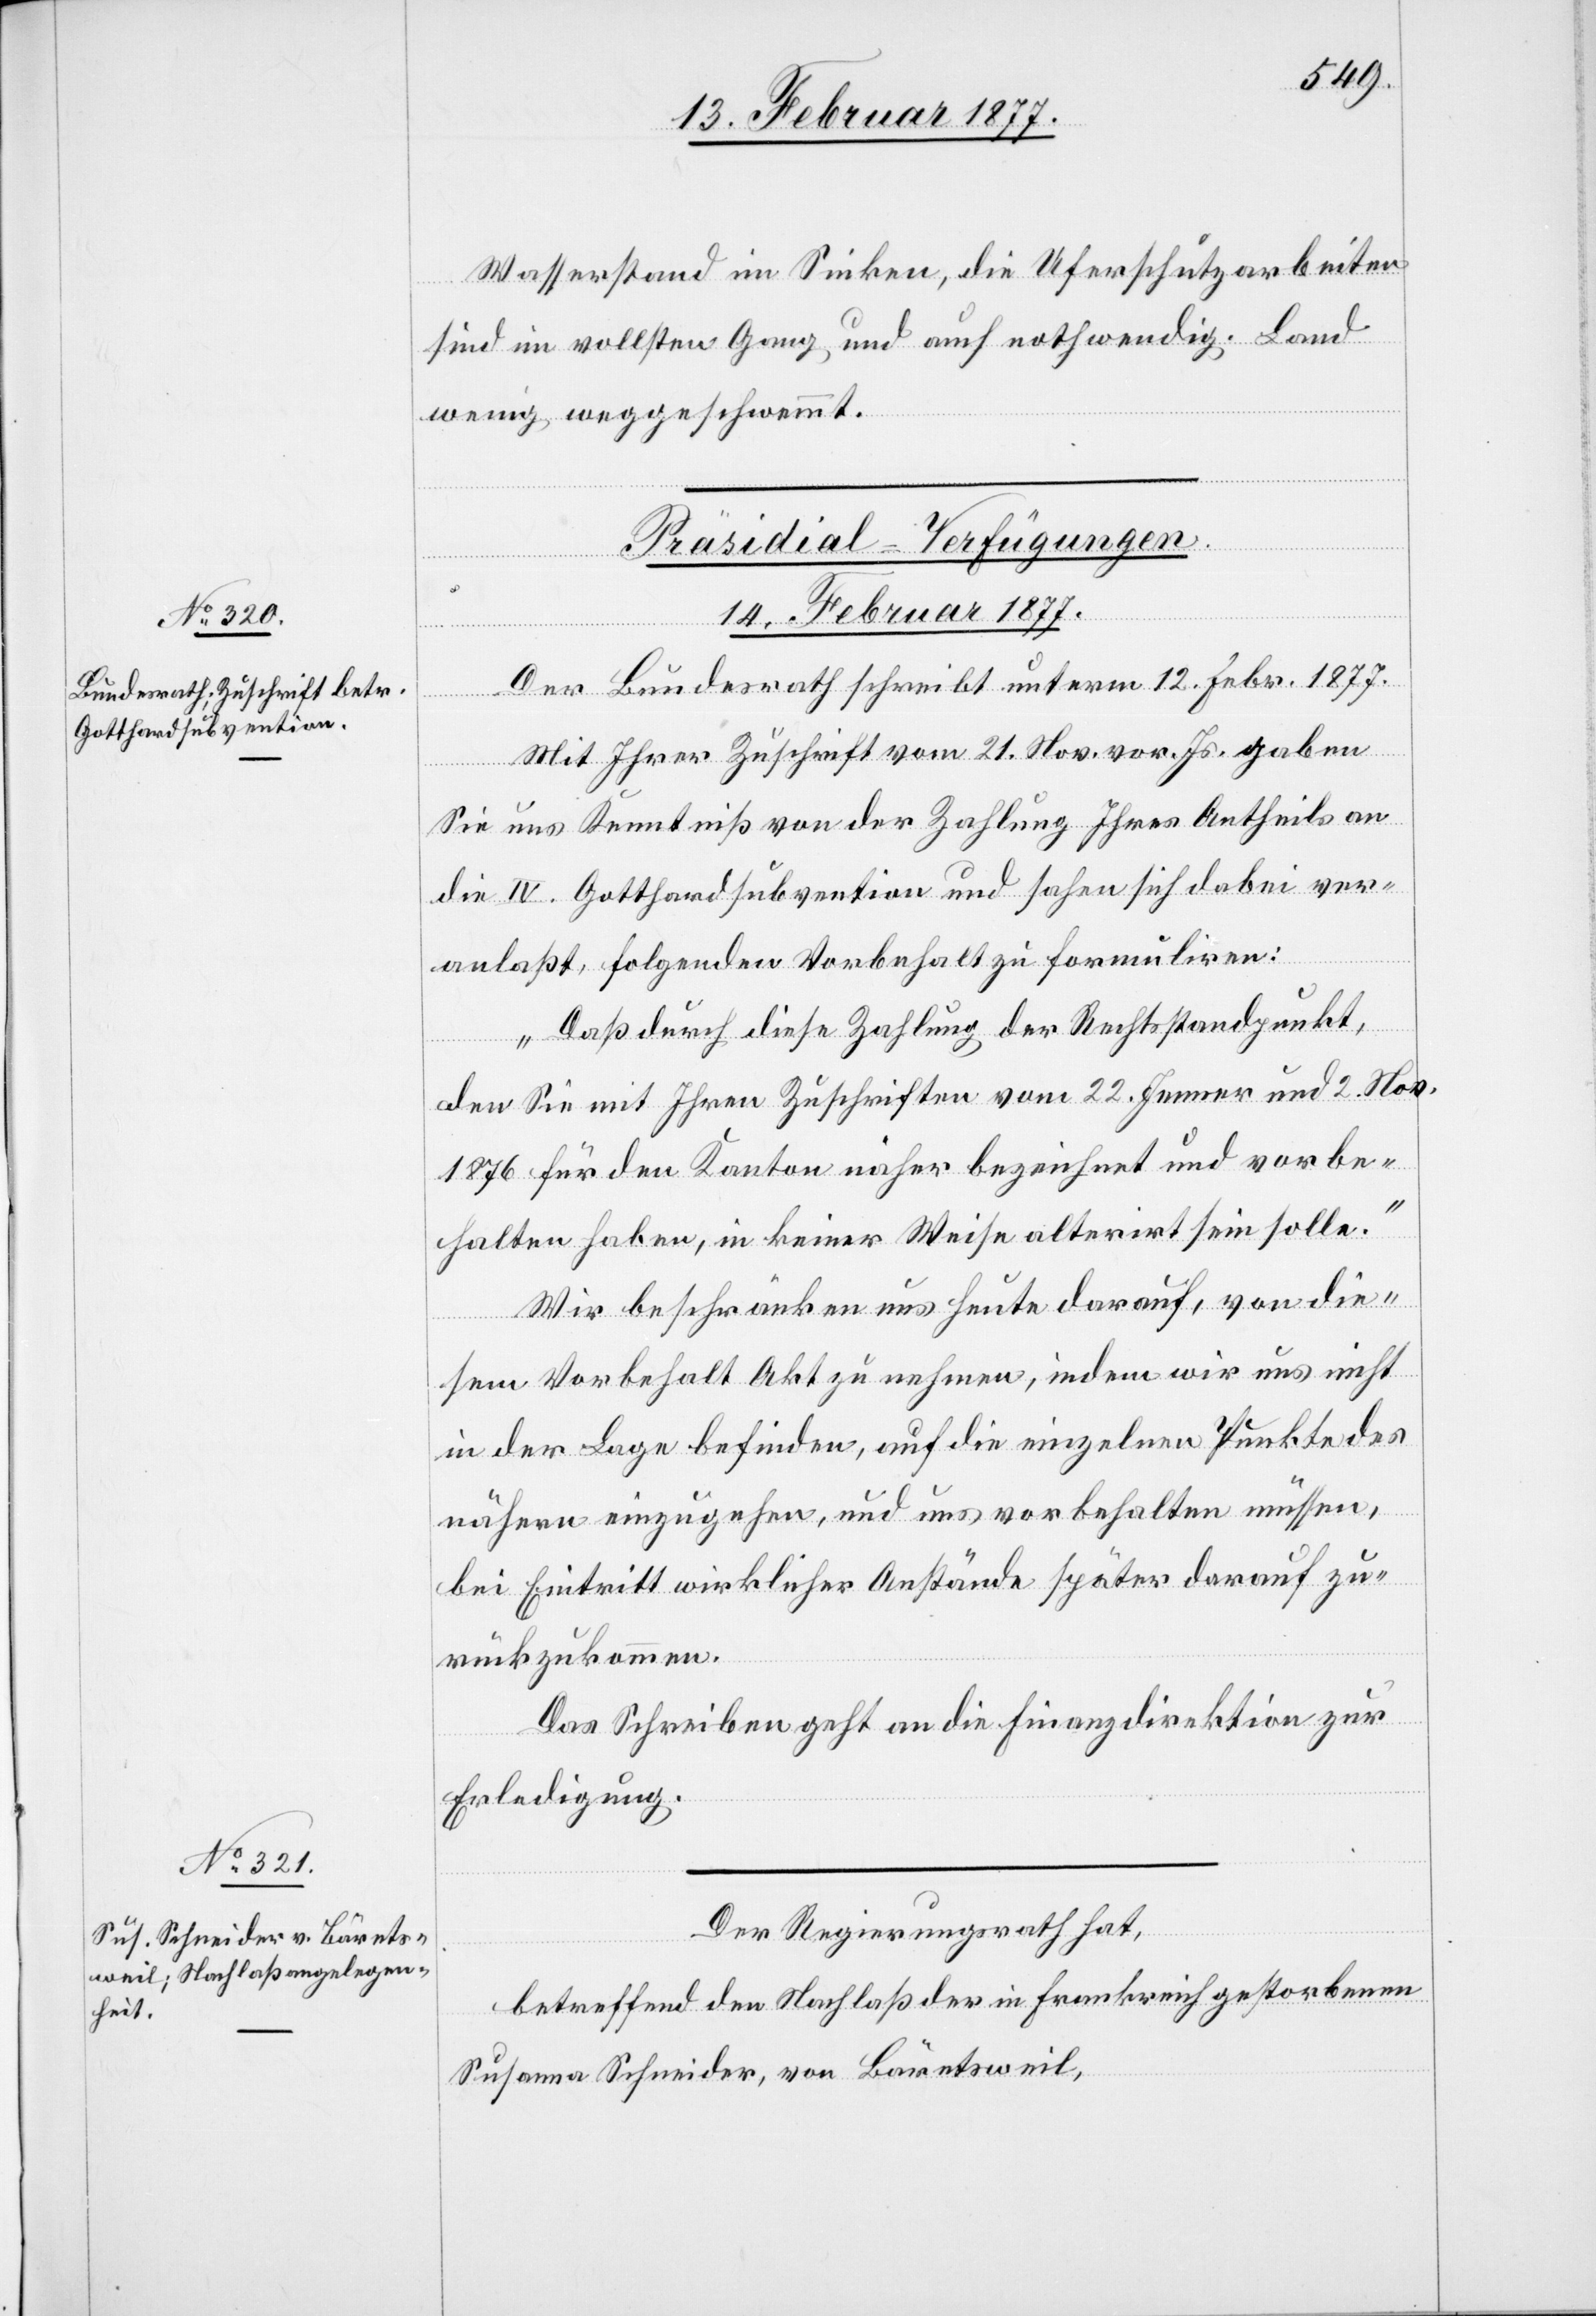
[Präsidial-Verfügungen.
14. Februar 1877.]
Der Bundesrath schreibt unterm 12. Febr. 1877
Mit Ihrer Zuschrift vom 21. Nov. vor. Js. gaben
Sie uns Kenntniß von der Zahlung Ihres Antheils an
die IV. Gotthardsubvention und sahen sich dabei ver¬
anlaßt, folgenden Vorbehalt zu formuliren:
„Daß durch diese Zahlung der Rechtsstandpunkt,
den Sie mit Ihren Zuschriften vom 22. Jenner und 2. Nov.
1876 für den Kanton näher bezeichnet und vorbe¬
halten haben, in keiner Weise alternirt sein solle.“
Wir beschränken uns heute darauf, von die¬
sem Vorbehalt Akt zu nehmen, indem wir uns nicht
in der Lage befinden, auf die einzelnen Punkte des
nähern einzugehen, und uns vorbehalten müssen,
bei Eintritt wirklicher Anstände später darauf zu¬
rückzukommen.
Das Schreiben geht an die Finanzdirektion zur
Erledigung.
Der Regierungsrath hat,
betreffend den Nachlaß der in Frankreich gestorbenen
Susanna Schneider, von Bärentsweil,